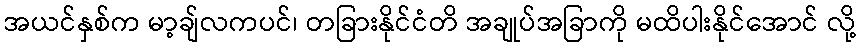
အယင်နှစ်က မာ့ချ်လကပင်၊ တခြားနိုင်ငံတိ အချုပ်အခြာကို မထိပါးနိုင်အောင် လို့